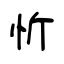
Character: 忻